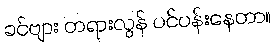
ခင်ဗျား တရားလွန် ပင်ပန်းနေတာ။